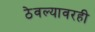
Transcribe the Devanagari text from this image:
ठेवल्यावरही